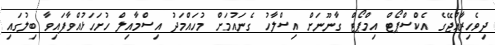
ދިވެހިރާއްޖޭގެ އެކްސްޕޯޓް އިމްޕޯޓް ގާނޫނަށް އިސްލާހު ގެނައުމަށް މުހައްމަދު އިސްމާއިލް ހުށަހަޅުއްވާފައިވާ ބިލުގައި